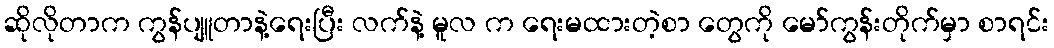
ဆိုလိုတာက ကွန်ပျူတာနဲ့ရေးပြီး လက်နဲ့ မူလ က ရေးမထားတဲ့စာ တွေကို မော်ကွန်းတိုက်မှာ စာရင်း